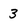
Character: 3